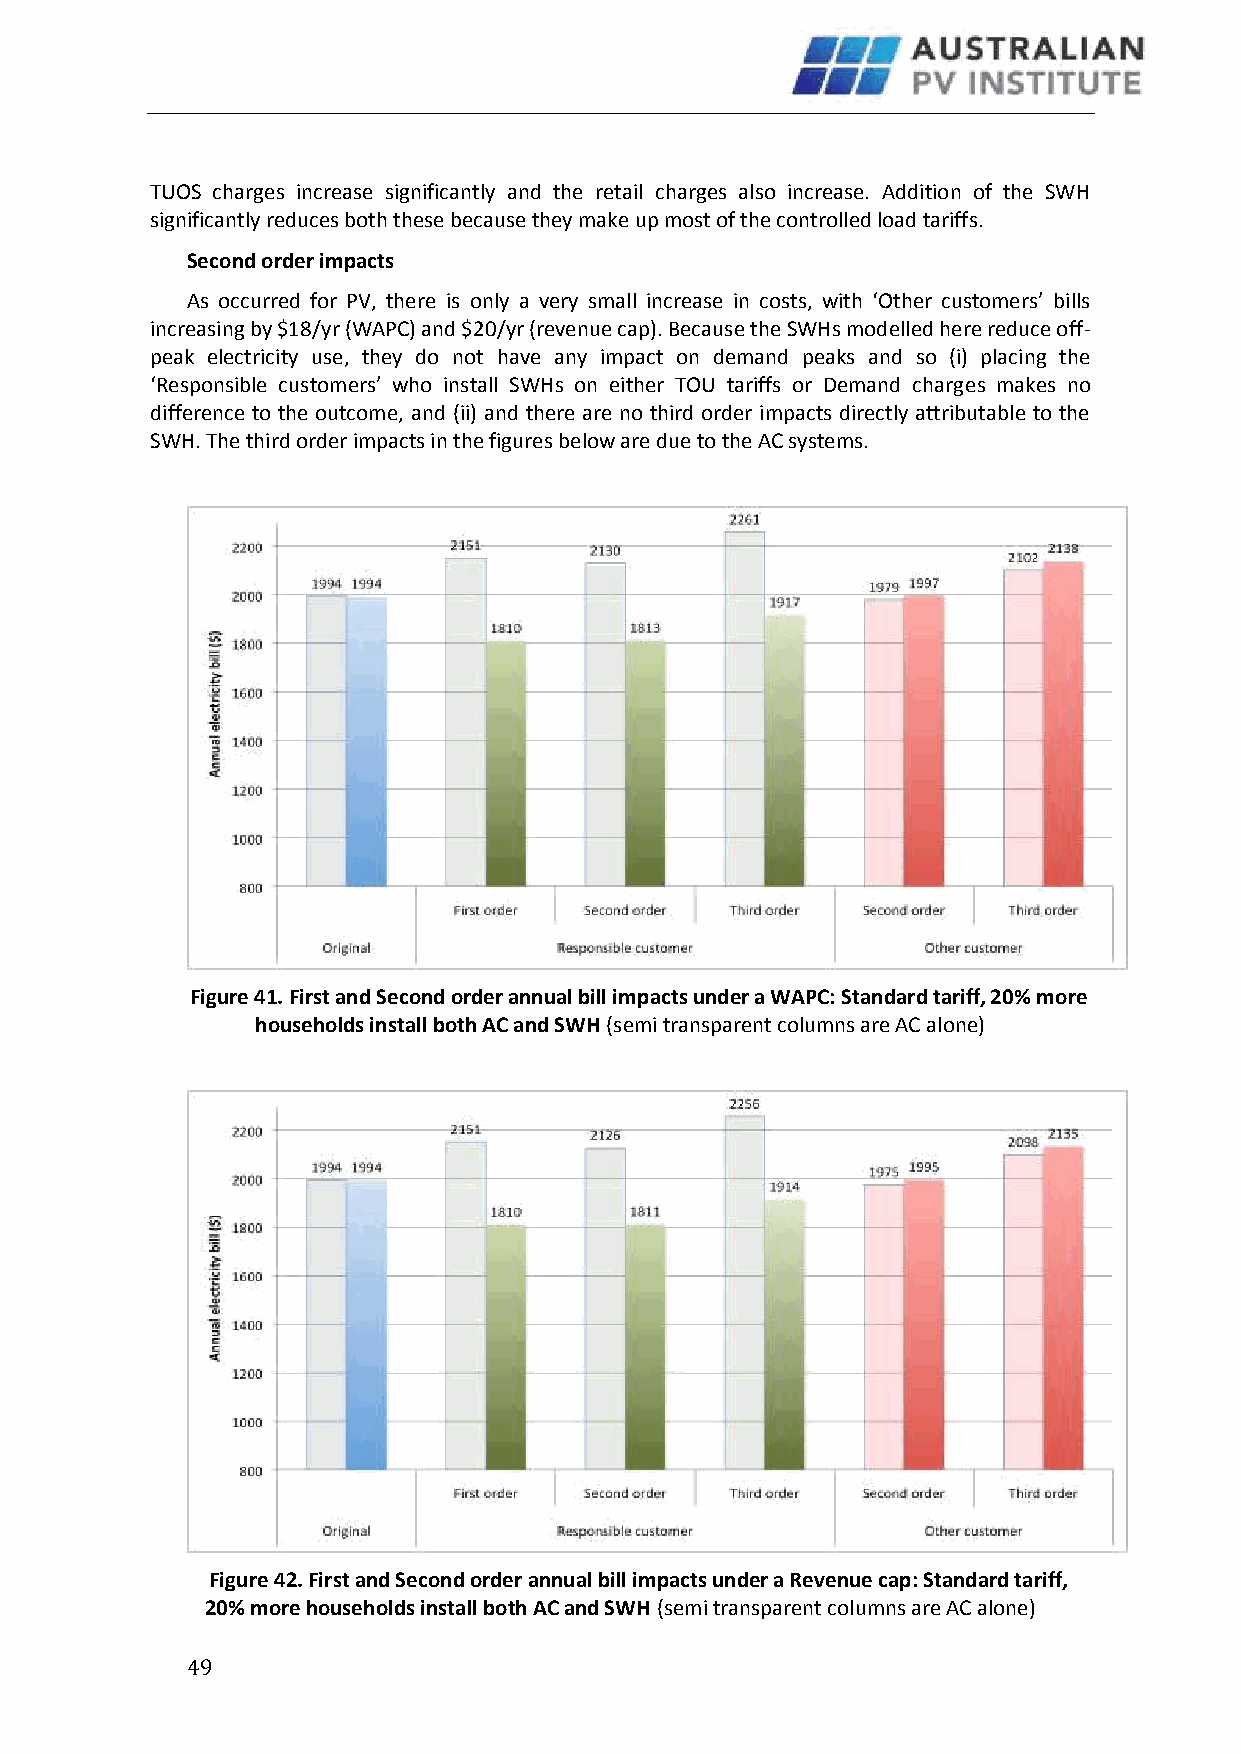
TUOS charges increase significantly and the retail charges also increase. Addition of the SWH
 significantly reduces both these because they make up most of the controlled load tariffs.
 Second order impacts
 As occurred for PV, there is only a very small increase in costs, with ‘Other customers’ bills
 increasing by $18/yr (WAPC) and $20/yr (revenue cap). Because the SWHs modelled here reduce off-
 peak electricity use, they do not have any impact on demand peaks and so (i) placing the
 ‘Responsible customers’ who install SWHs on either TOU tariffs or Demand charges makes no
 difference to the outcome, and (ii) and there are no third order impacts directly attributable to the
 SWH. The third order impacts in the figures below are due to the AC systems.
 Figure 41. First and Second order annual bill impacts under a WAPC: Standard tariff, 20% more
 households install both AC and SWH (semi transparent columns are AC alone)
 Figure 42. First and Second order annual bill impacts under a Revenue cap: Standard tariff,
 20% more households install both AC and SWH (semi transparent columns are AC alone)
 4 9